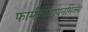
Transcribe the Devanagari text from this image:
फार्मकोडायनमिक्स